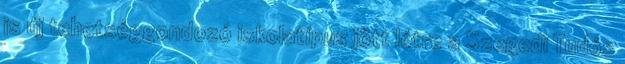
is új tehetséggondozó iskolatípus jött létre a Szegedi Tudós